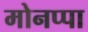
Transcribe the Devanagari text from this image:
मोनप्पा